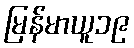
မြန်မာယူ၁၉